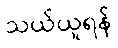
သယ်ယူရန်